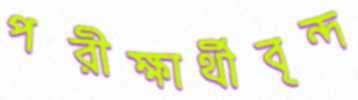
পরীক্ষার্থীবৃন্দ